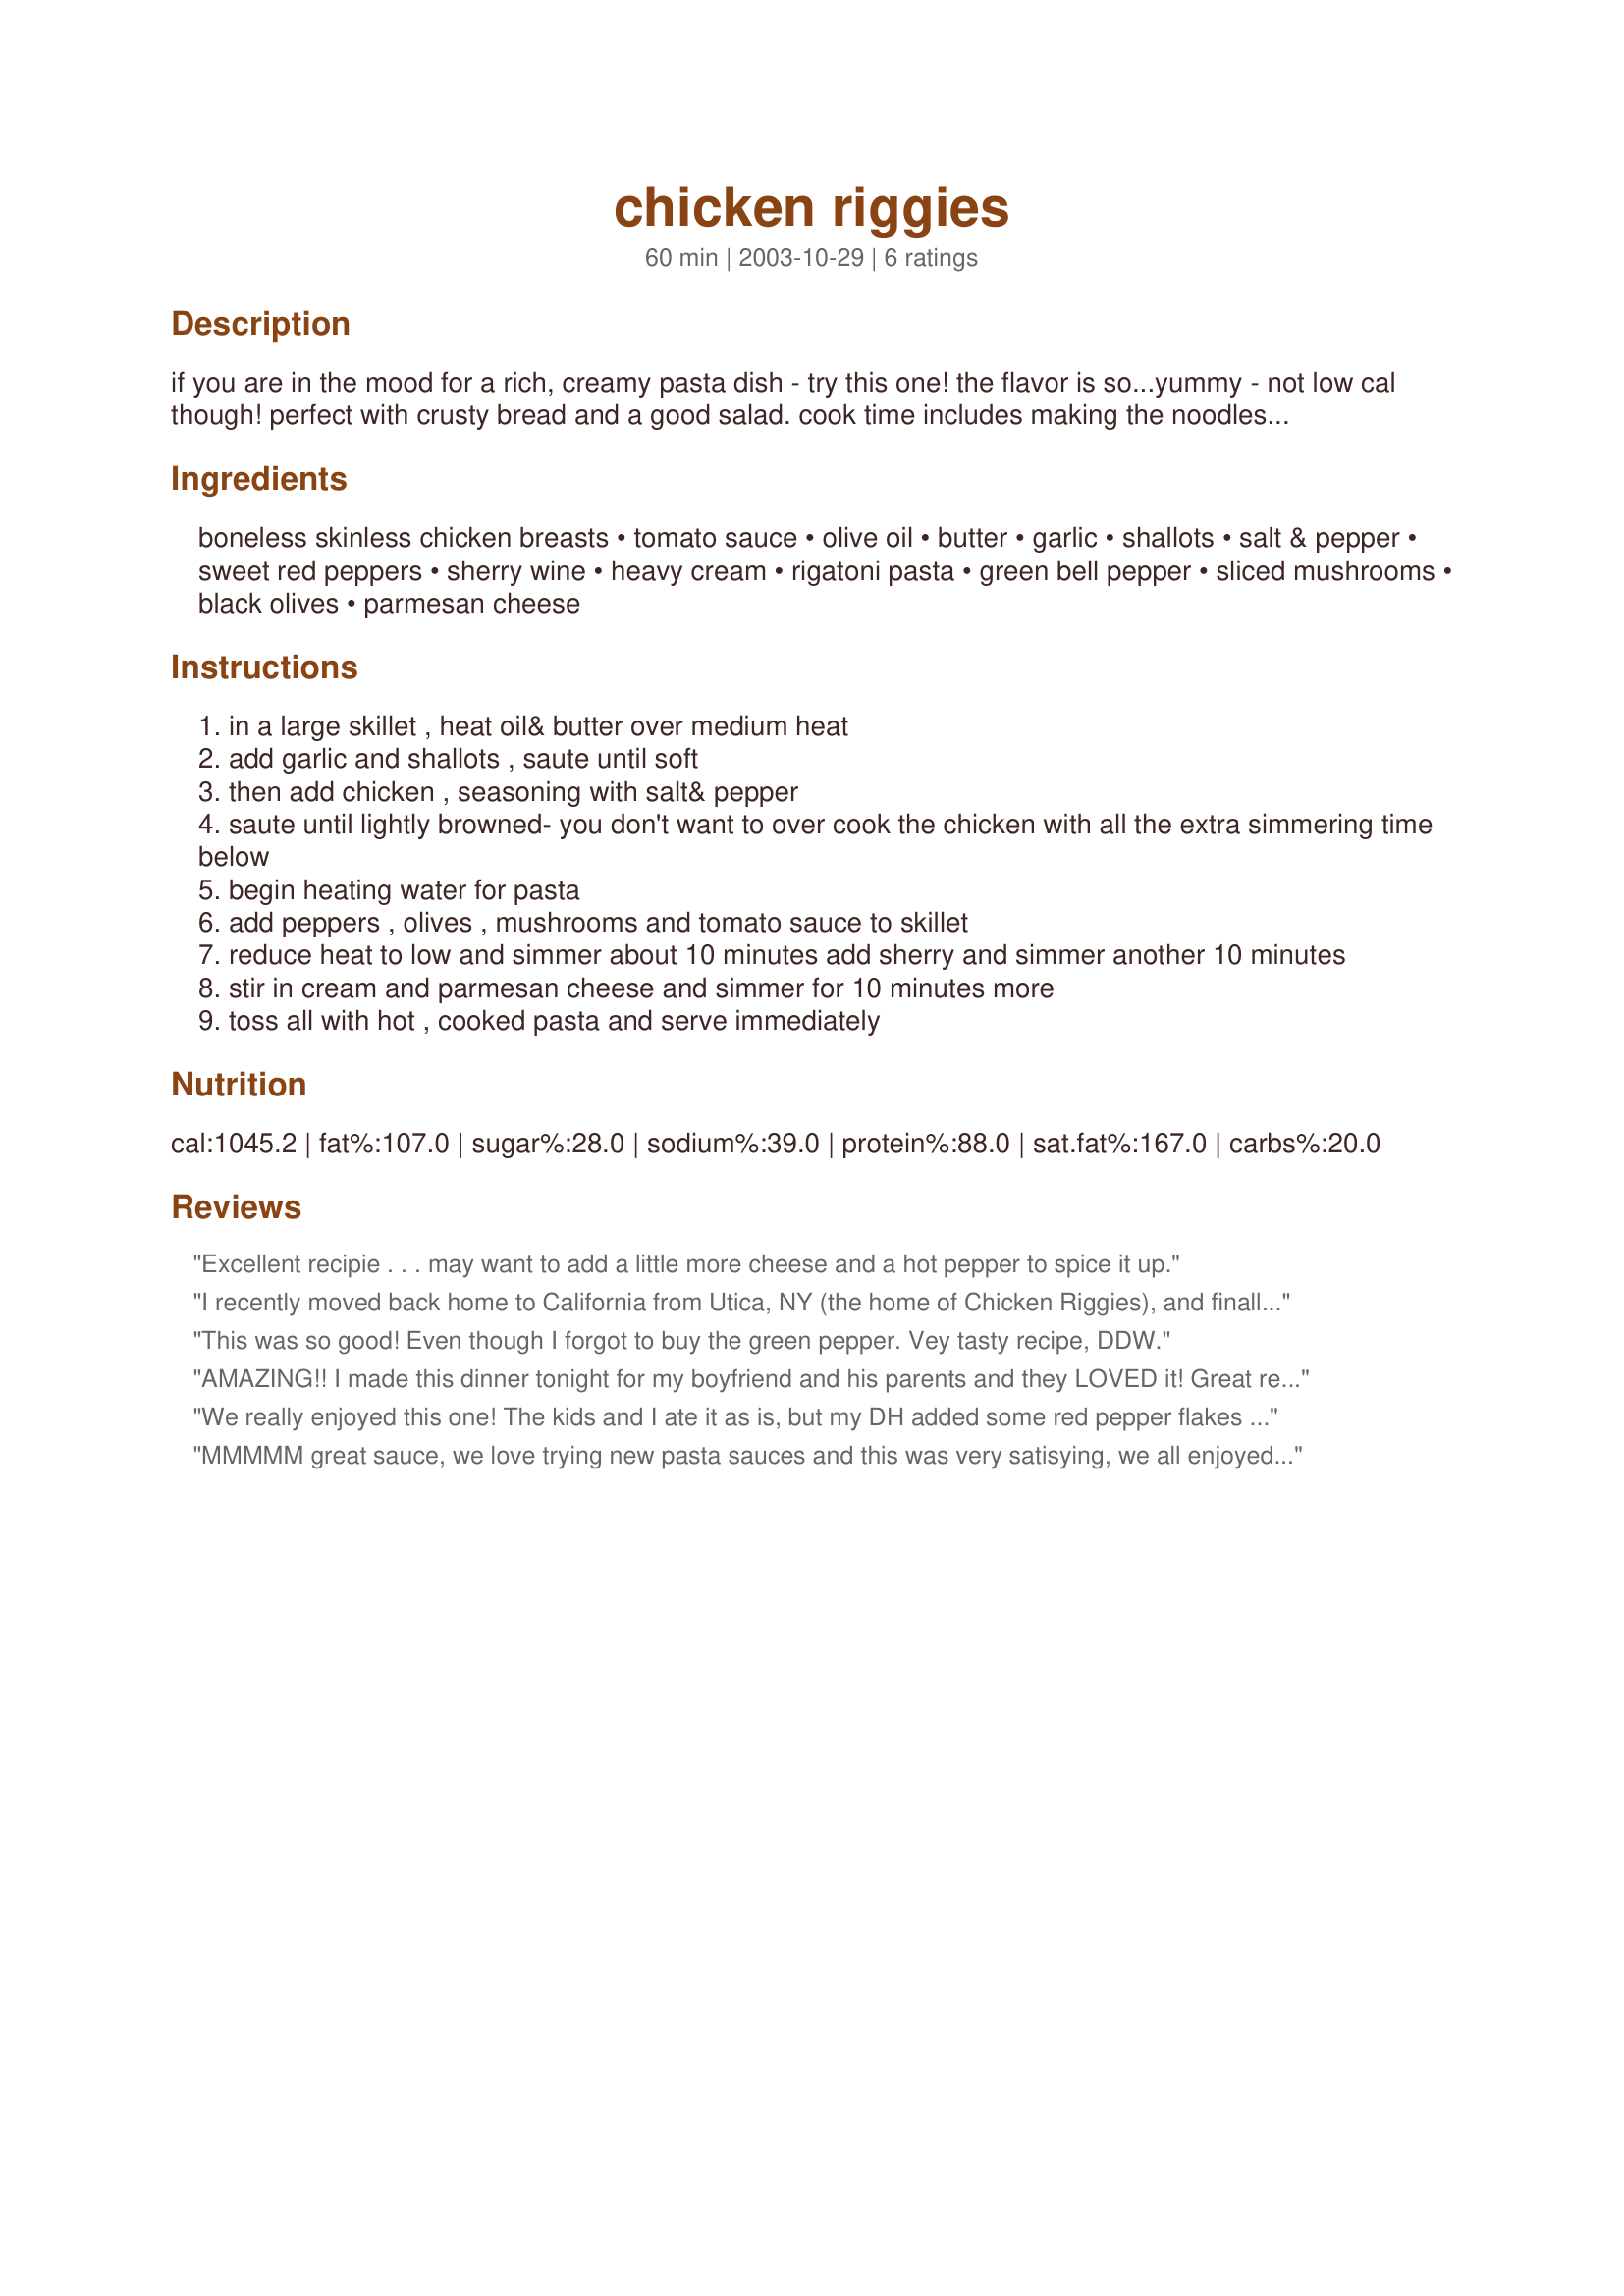
chicken riggies
Preparation time: 60 minutes

if you are in the mood for a rich, creamy pasta dish - try this one! the flavor is so...yummy - not low cal though! perfect with crusty bread and a good salad. cook time includes making the noodles. hope you enjoy!

Ingredients:
boneless skinless chicken breasts, tomato sauce, olive oil, butter, garlic, shallots, salt & pepper, sweet red peppers, sherry wine, heavy cream, rigatoni pasta, green bell pepper, sliced mushrooms, black olives, parmesan cheese

Steps:
in a large skillet , heat oil& butter over medium heat
add garlic and shallots , saute until soft
then add chicken , seasoning with salt& pepper
saute until lightly browned- you don't want to over cook the chicken with all the extra simmering time below
begin heating water for pasta
add peppers , olives , mushrooms and tomato sauce to skillet
reduce heat to low and simmer about 10 minutes add sherry and simmer another 10 minutes
stir in cream and parmesan cheese and simmer for 10 minutes more
toss all with hot , cooked pasta and serve immediately

Reviews:
Excellent recipie . . . may want to add a little more cheese and a hot pepper to spice it up.
I recently moved back home to California from Utica, NY (the home of Chicken Riggies), and finally decided to try my hand at making them since there's no place to order them here. I was extremely pleased to find out this recipe was better than any plate of riggies I'd ever tried while staying in Utica. I like mine a little spicy, so I added about 1/2 tsp of red pepper flakes. Very delicious and easy to make. Thanks for posting, DDW!
This was so good! Even though I forgot to buy the green pepper. Vey tasty recipe, DDW.
AMAZING!! I made this dinner tonight for my boyfriend and his parents and they LOVED it! Great recipe! I altered it a little bit. Here is what I did- 16 ounces of rigatoni, two cups of tomato sauce, 12 ounces of roasted red peppers, basil and some sugar in the sauce to tame all the acidic items. I didn't add olives, mushrooms, or green peppers. I was told to add this as a favorite by everyone for further dinners! Thank you! :)
We really enjoyed this one! The kids and I ate it as is, but my DH added some red pepper flakes to his. I have been asked to make these again they were enjoyed so much by us all!
MMMMM great sauce, we love trying new pasta sauces and this was very satisying, we all enjoyed it immensely. Only three of us home to eat instead of the usual five, and there were NOOO leftovers!!! I'll be making this again! thanks DDW!
